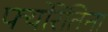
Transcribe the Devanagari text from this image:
फ्योरेंतिना